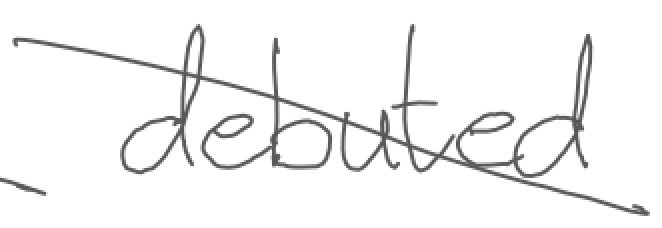
Text: debuted
Cross-out: diagonal
Writing tool: digital_gray